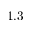
1 . 3